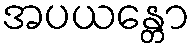
အပယန္တော